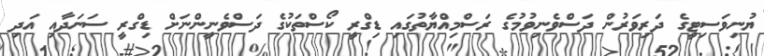
ޔުނިވަސިޓީގެ ދަރިވަރުން ދަސްވެނިވުމުގެ ރަސްމިއްޔާތުގައި ޑިގްރީ ކޯސްތަކުގެ ދަސްވެނީންނަށް ޑިގްރީ ސަނަދާއި އަދި